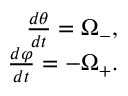
\begin{array} { r } { \frac { d \theta } { d t } = \Omega _ { - } , } \\ { \frac { d \varphi } { d t } = - \Omega _ { + } . } \end{array}